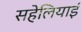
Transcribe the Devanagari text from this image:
सहेलियाई